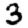
Digit: 3